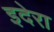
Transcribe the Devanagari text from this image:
इदेरा